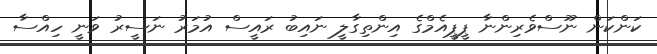
ކަންކަން ނޫސްވެރިންނާ ޕީޕީއެމްގެ އިންތިގާލީ ނައިބު ރައީސް އުމަރު ނަސީރު ވަނީ ހިއްސާ